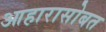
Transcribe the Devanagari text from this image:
आहारासोबत